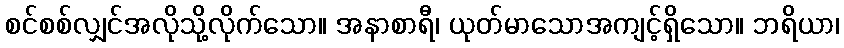
စင်စစ်လျှင်အလိုသို့လိုက်သော။ အနာစာရီ၊ ယုတ်မာသောအကျင့်ရှိသော။ ဘရိယာ၊